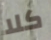
كلا